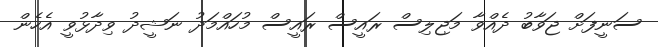
ސަނީފަށް ޖަވާބު ދެއްވާ މަޖިލިސް ރައީސް ރައީސް މުހައްމަދު ނަޝީދު ވިދާޅުވީ އެހެން